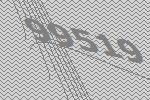
99519